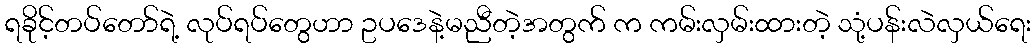
ရခိုင့်တပ်တော်ရဲ့ လုပ်ရပ်တွေဟာ ဥပဒေနဲ့မညီတဲ့အတွက် က ကမ်းလှမ်းထားတဲ့ သုံ့ပန်းလဲလှယ်ရေး